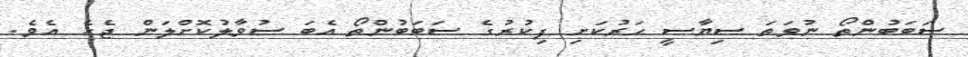
ސަބަބުންތޯ ނުވަތަ ސިޔާސީ ހަރުކަށި ފިކުރުގެ ސަބަބުންތޯ އެބަ ސުވާލުކޮށްލަން ޖެހެ އެވެ.